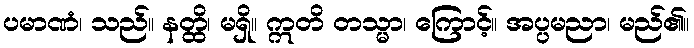
ပမာဏံ၊ သည်။ နတ္ထိ၊ မရှိ။ ဣတိ တသ္မာ၊ ကြောင့်။ အပ္ပမညာ၊ မည်၏။